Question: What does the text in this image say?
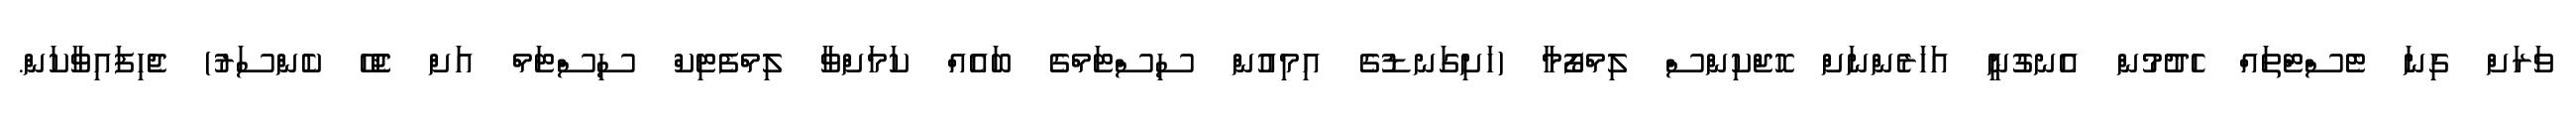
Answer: ވަރަށް ގިނަ ޓެސްޓްތައް ހެދުމުން އެނގުނީ އަހަރެންނަށް ހޮޖްކިންސް ލިމްފޯމާ (ހަށިގަނޑުގެ އިމިއުން ސިސްޓަމްގެ ބައެއް ކަމަށްވާ ލިމްފެޓިކް ސިސްޓަމް އަށް ޖެހޭ ކެންސަރު) ޖެހިފައިވާކަން.